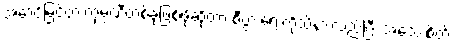
အောင်မြင်တဲ့ ကုမ္ပဏီတစ်ခုဖြစ်ဖို့ဆိုတာ စီပွားရေးကိုသိနားလည်ပြီး အသေးစိတ်